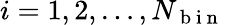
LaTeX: i=1,2,\ldots,N_{\mathrm{~b~i~n~}}